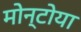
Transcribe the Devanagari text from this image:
मोन्टोया